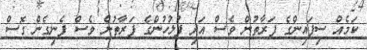
ކަމެއް ސިފައިންގެ ފަރާތުން ވެސް އަދި ފުލުހުންގެ ފަރާތުން ވެސް ފެނިގެން ގޮސް